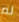
لم